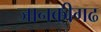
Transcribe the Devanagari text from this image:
जानकीगढ